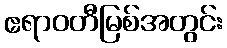
ဧရာဝတီမြစ်အတွင်း